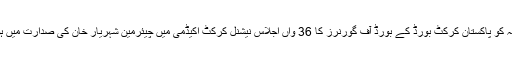
ہفتہ کو پاکستان کرکٹ بورڈ کے بورڈ آف گورنرز کا 36 واں اجلاس نیشنل کرکٹ اکیڈمی میں چیئرمین شہریار خان کی صدارت میں ہوا۔